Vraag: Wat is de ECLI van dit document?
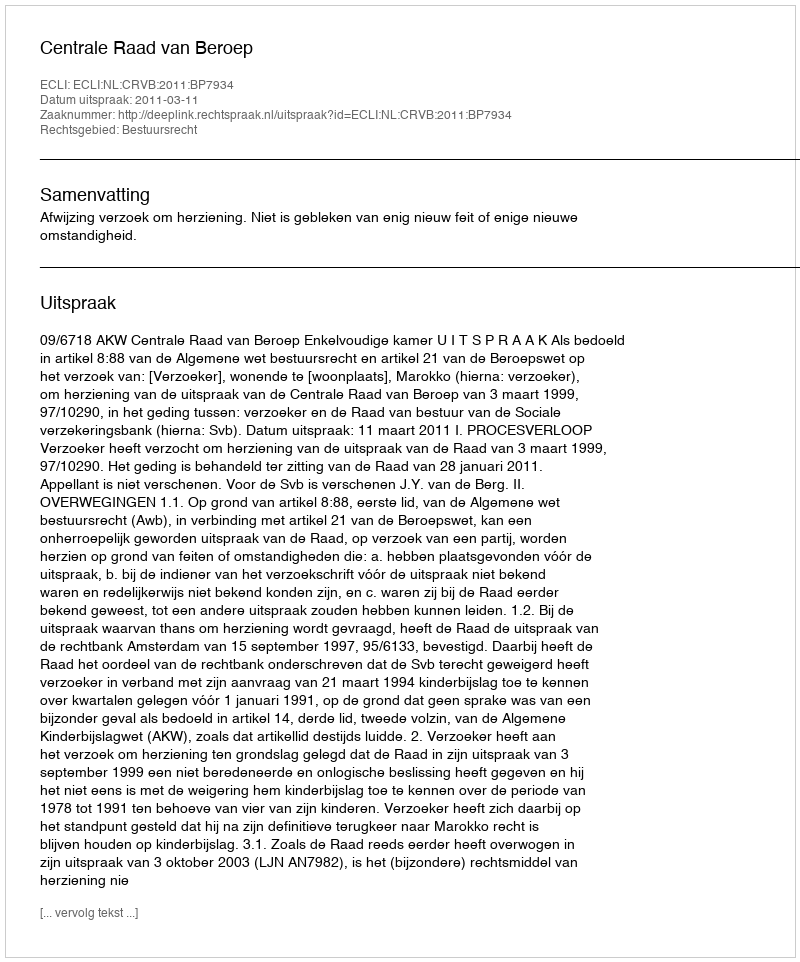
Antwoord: ECLI:NL:CRVB:2011:BP7934